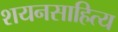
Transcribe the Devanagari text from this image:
शयनसाहित्य